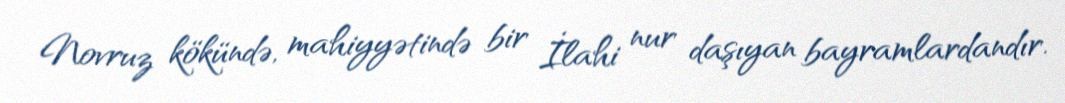
Novruz kökündə, mahiyyətində bir İlahi nur daşıyan bayramlardandır.